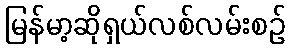
မြန်မာ့ဆိုရှယ်လစ်လမ်းစဉ်